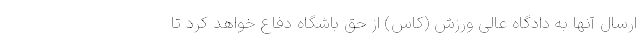
ارسال آنها به دادگاه عالی ورزش (کاس) از حق باشگاه دفاع خواهد کرد تا